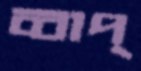
ব্বাপ্